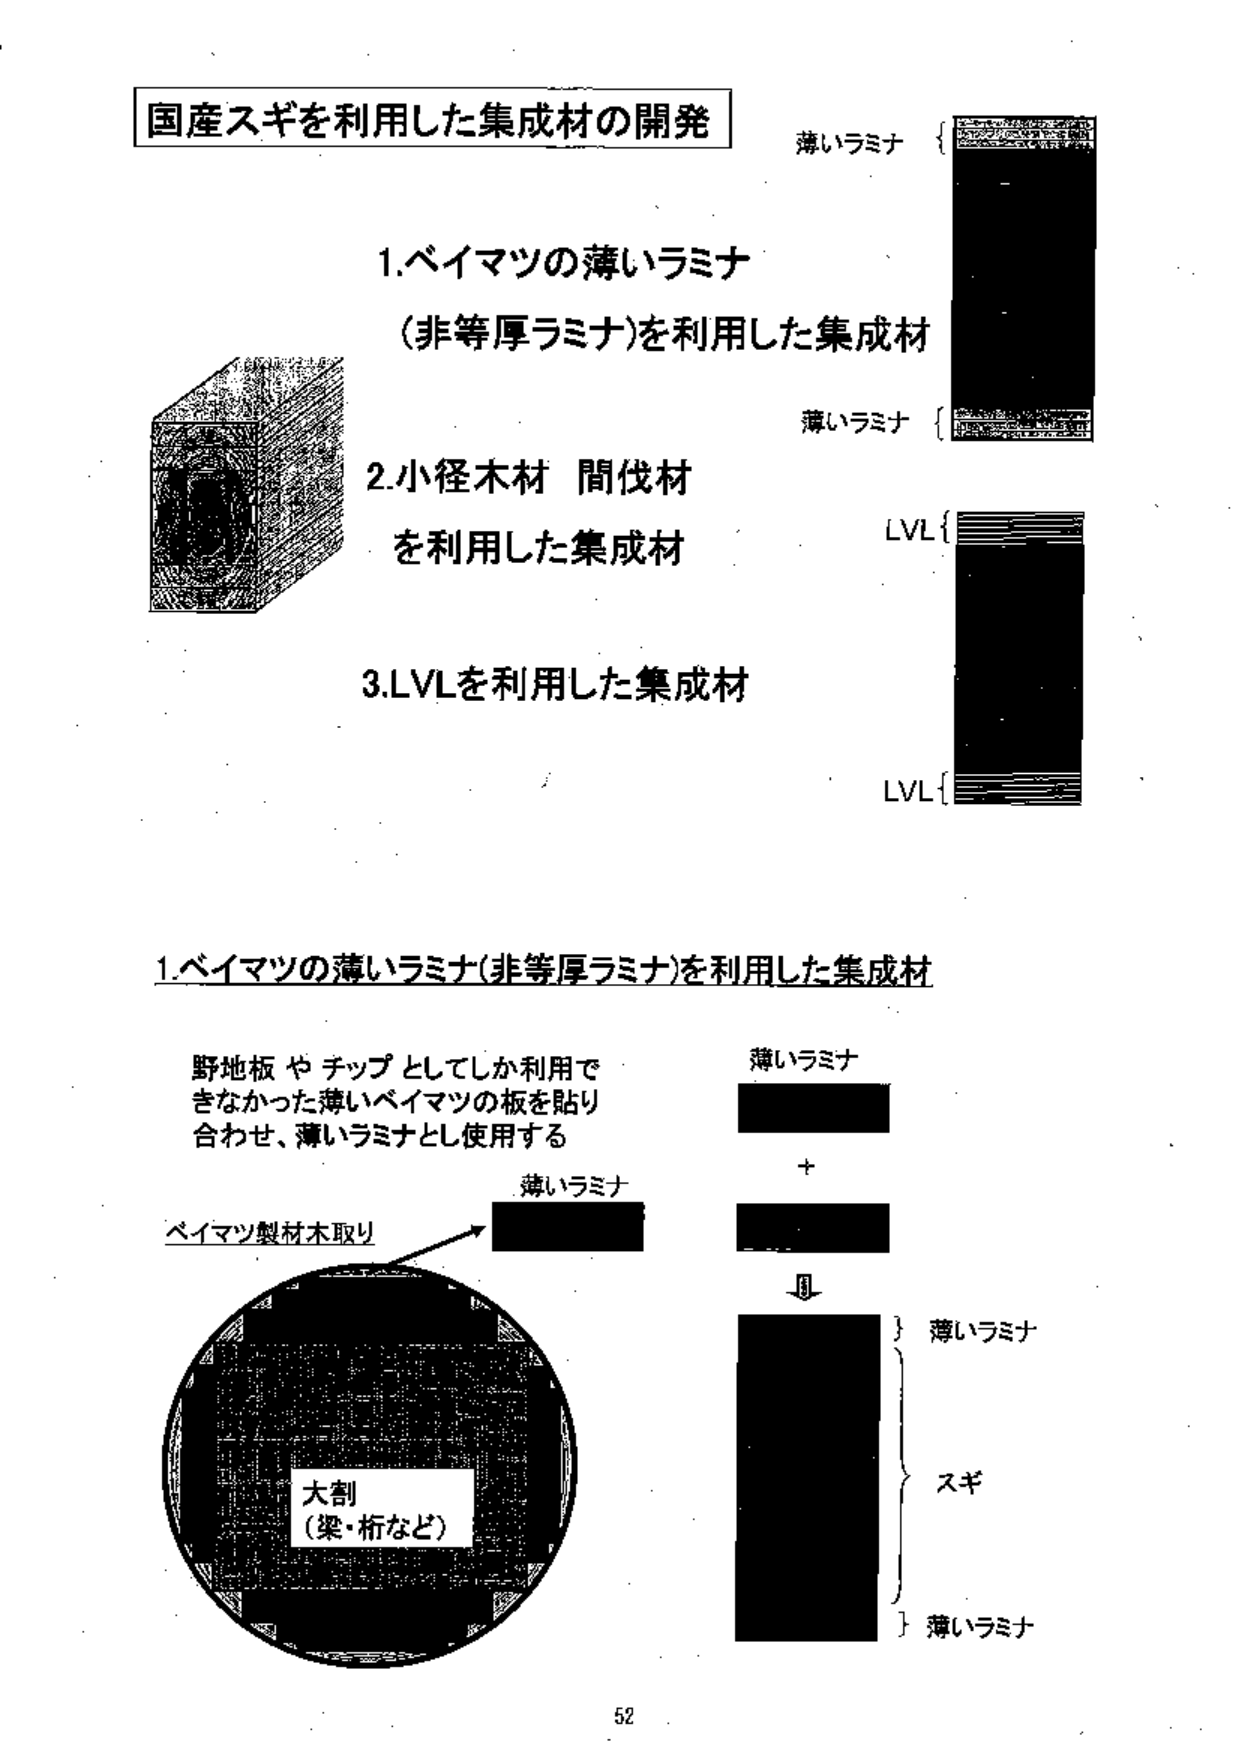
国産スギを利用した集成材の開発

1.ベイマツの薄いラミナ
（非等厚ラミナ）を利用した集成材

2.小径木材 間伐材
を利用した集成材

3.LVLを利用した集成材

薄いラミナ
{
　　（図：縞模様の薄板）
}

薄いラミナ
{
　　（図：縞模様の薄板）
}

LVL{
　　（図：縞模様の薄板）
}

LVL{
　　（図：縞模様の薄板）
}

1.ベイマツの薄いラミナ（非等厚ラミナ）を利用した集成材

野地板やチップとしてしか利用できなかった薄いベイマツの板を貼り
合わせ、薄いラミナとし使用する

ベイマツ製材木取り
　　　　　　　　　　　→ 薄いラミナ

　　　　　　　　　　　　＋
　　　　　　　　　　　　↓
　　　　　　　　　　　　薄いラミナ
　　　　　　　　　　　　　　}
　　　　　　　　　　　　　　スギ
　　　　　　　　　　　　　　}
　　　　　　　　　　　　薄いラミナ

大割
（梁・桁など）

52